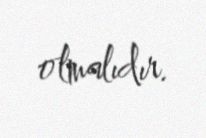
olmalıdır.